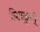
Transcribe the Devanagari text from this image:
चिपळुणी